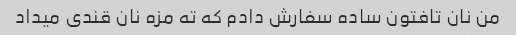
من نان تافتون ساده سفارش دادم که ته مزه نان قندی میداد